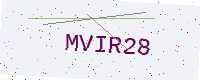
Text: MVIR28